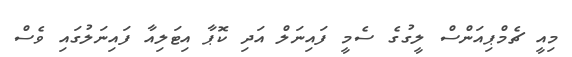
މިއީ ޗެމްޕިއަންސް ލީގުގެ ސެމީ ފައިނަލް އަދި ކޮޕާ އިޓަލިއާ ފައިނަލުގައި ވެސް